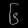
Digit: ၆